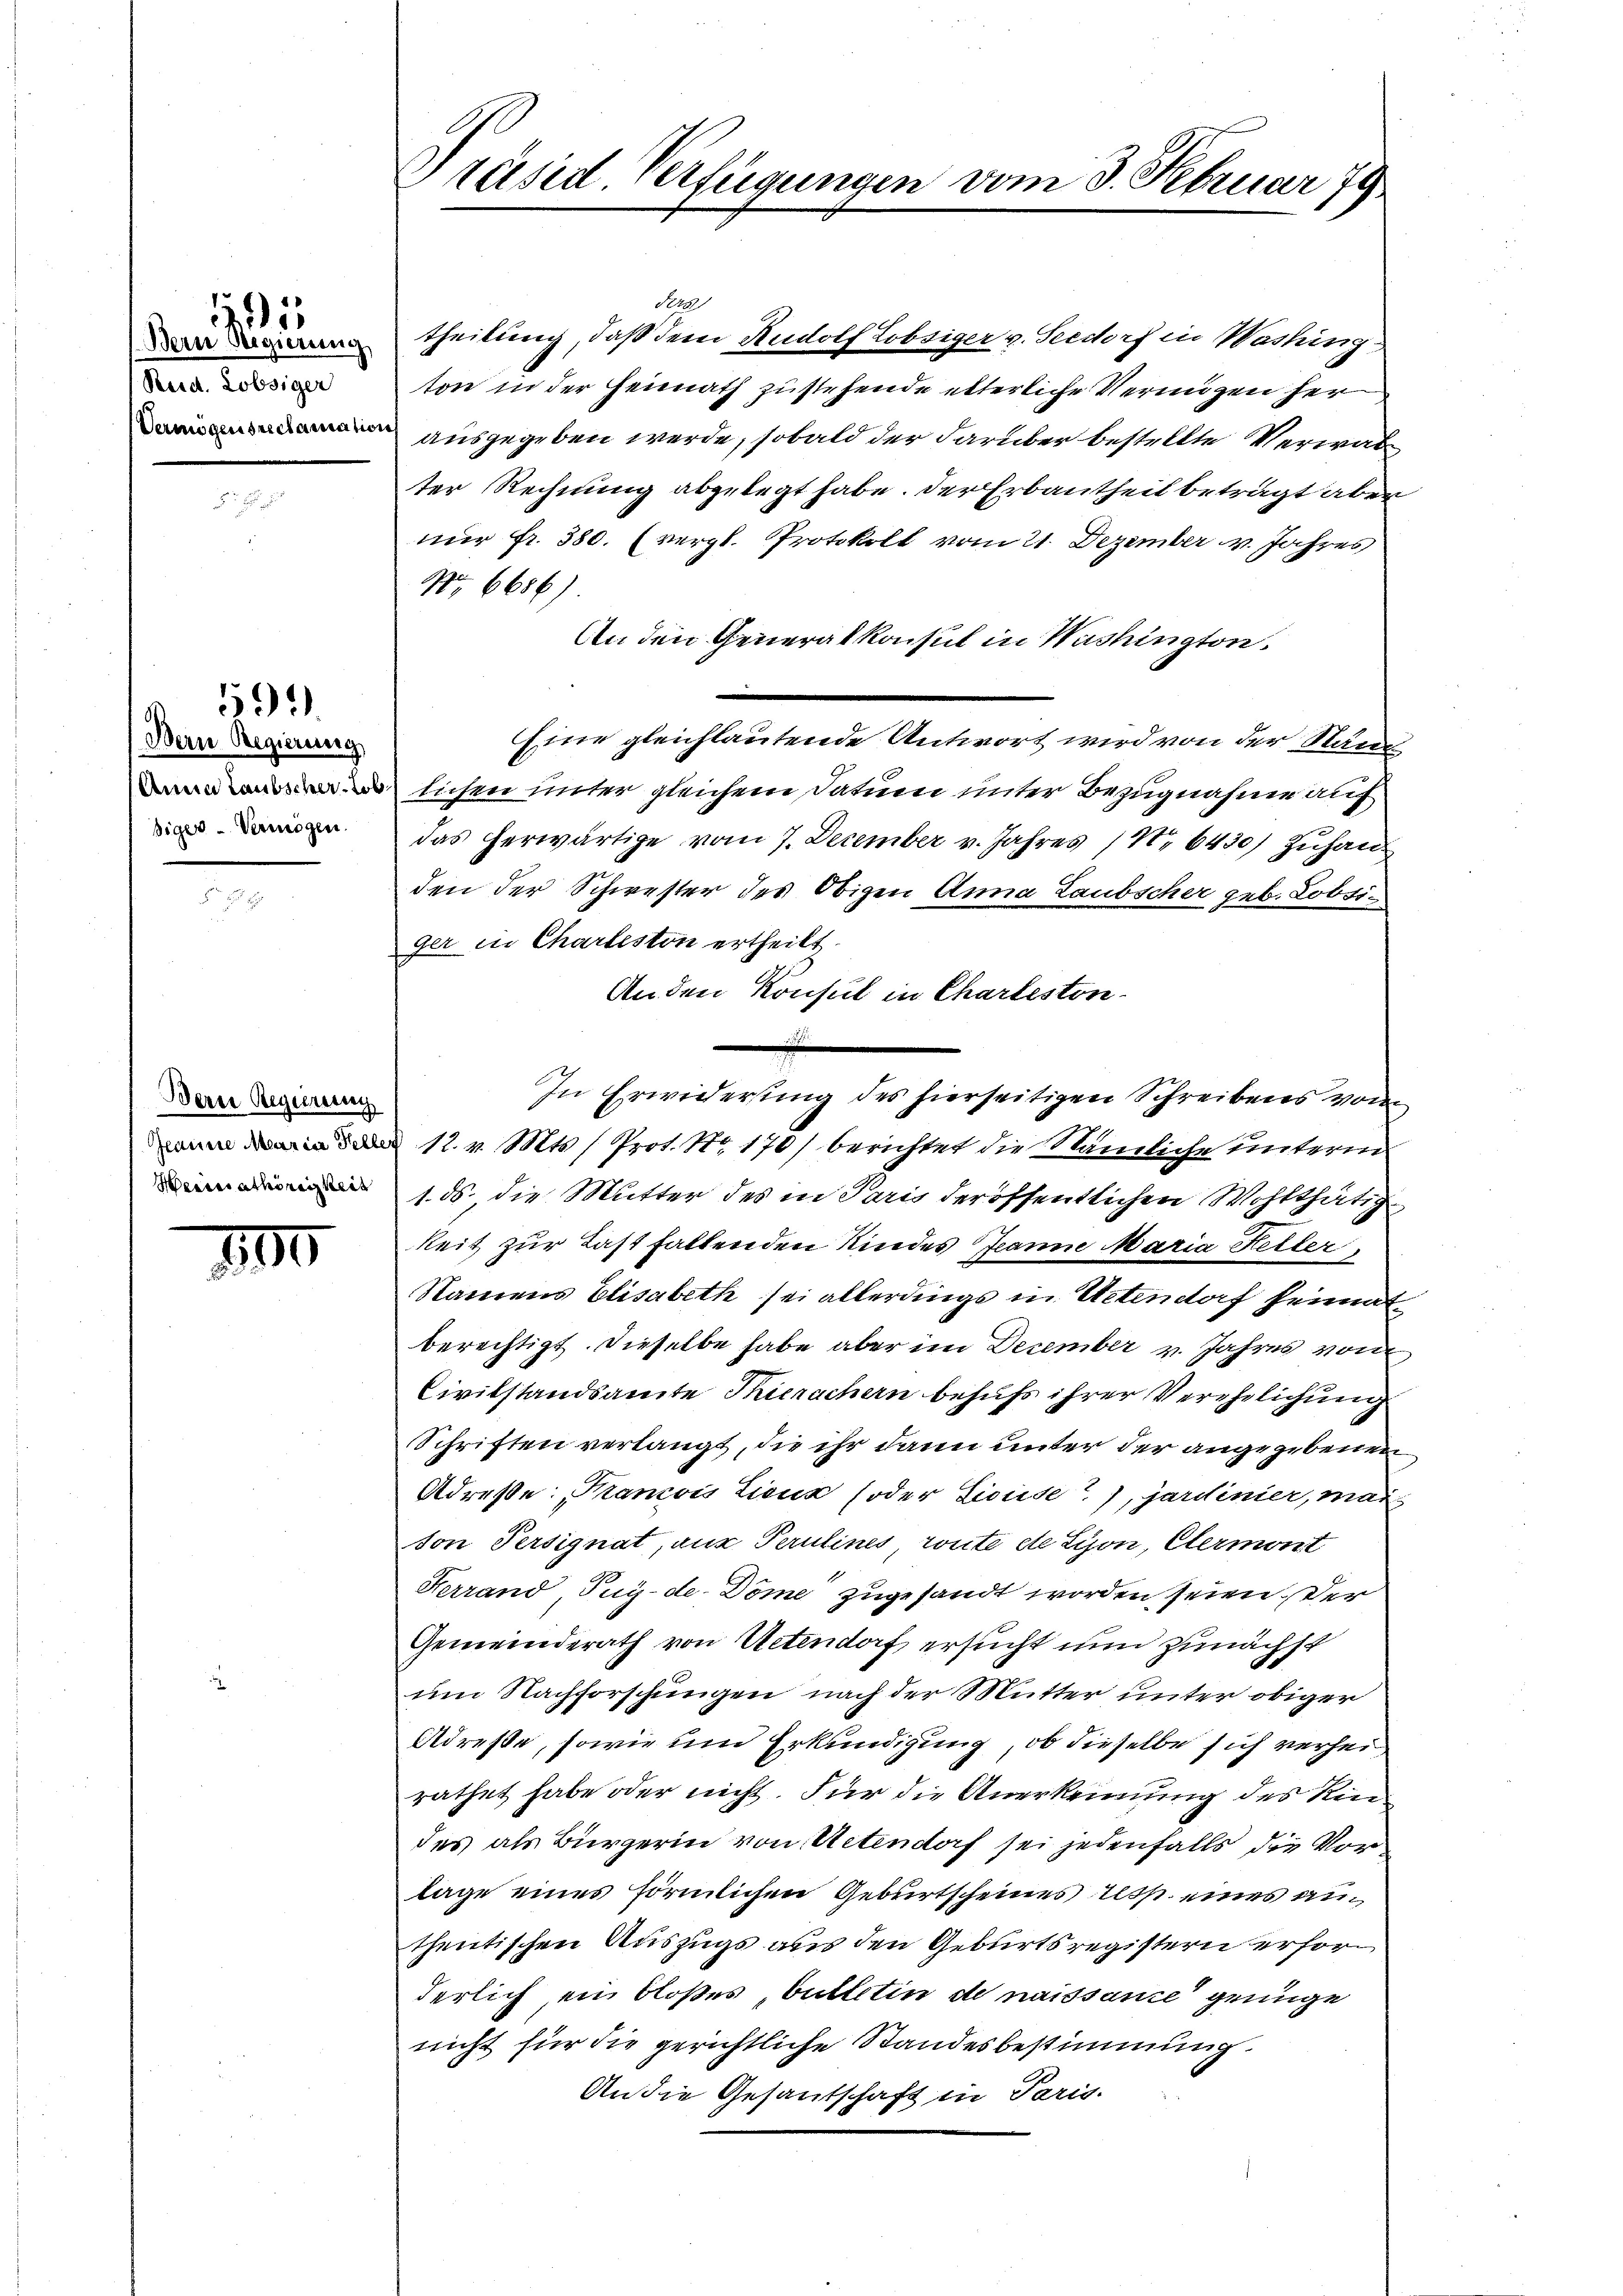
Bern Regierung
Reid. Lobsiger
Vermögensreclamation

1355

Bern Regierung
Anna Laubscherlob
siger Vermögen.

592)

Bern Regierung
Heimathörigkeit

190

Präsid. Verfügungen vom 3. Februar 79

S
theilung, daß dem Rudolf Lobsiger v. Teedorf in Washing
ton in der Heimath zustehende etterliche Vermögen her
ausgegeben werde, sobald der darüber bestellte Verwalter Rechnung abgelegt habe. Der Erbautheit beträgt aber
nur fr. 380. (vergl. Protokoll vom 21. Dezember v. Jahres
No 6686)
An den Generalkonsul in Washington.
Eine gleichlautende Antwort wird von der Nank
lichen unter gleichem Datum unter Bezugnahme auf
das herwärtige vom 7. December v. Jahres (N. 6430) Zuhau
den der Schwester des Obigen Anna Laubscher geb. Lobsiger in Charteston ertheilt.
Anden Konsul in Charteston.
In Erwiderung des hierseitigen Schreibens vom
 12. v. Mts. 1 Prot. Nr. 170) berichtet die Nämliche unterm
1. ds., die Mutter des in Paris der öffentlichen Wohlthätig
keit zur Last faltenden Kindes Jeanne Maria Heiter
Namens Elisabeth sei allerdings in Uetendorf heimat
berechtigt. Dieselbe habe aber im December v. Jahres von
Civilstandsamte Thierachern behufs ihrer Verehelichung
Schriften verlangt, die ihr dann unter der angegebenen
Adresse: „Kancois Lienz soder Lieuse?), jardinier, man
ton Persignat, aus Perulines route de Lyon, Etermont
Kerrand Tug-de-Döme zugesandt worden seien. Der
Gemeinderath von Uetendorf ersucht nun zunächst
um Nachforschungen nach der Mutter unter obiger
Adresse, sowie um Erkundigung, ob dieselbe sich verhei
rathet habe oder nicht. Für die Anerkennung des Rindes als Bürgerin von Uetendorf sei jedenfalls die Vorlage eines förmlichen Geburtscheines Ess eines anthentischen Auszugs aus den Geburtsregistern erforderlich ein bloßes bulletin de naissance genüge
nicht für die gerichtliche Standesbestimmung.
An die Gesantschaft in Paris.